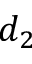
d _ { 2 }